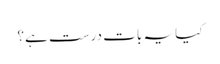
کیا یہ بات درست ہے؟